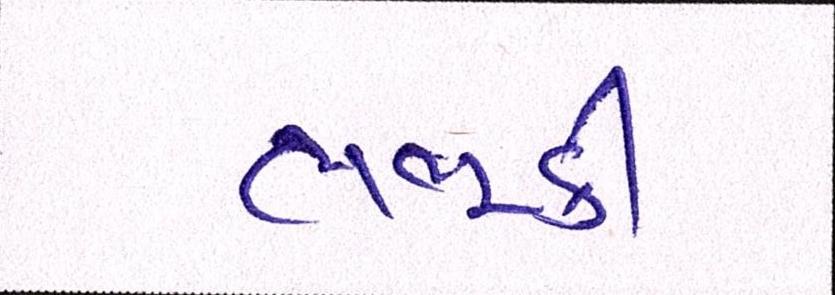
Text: ભભૂકી